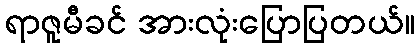
ရာဇူမီခင် အားလုံးပြောပြတယ်။